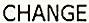
CHANGE